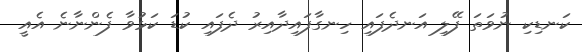
ކަނޑިކި ނުވަތަ ފޭލި އަނދެފައި ހިނގާފައިދާއިރު ދެފައި ކުޑަ ކަޅުވާ ފެންނާނެ އެއީ